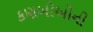
કણબીઓની